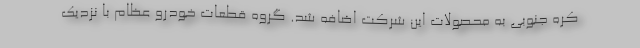
کره جنوبی به محصولات این شرکت اضافه شد. گروه قطعات خودرو عظام با نزدیك